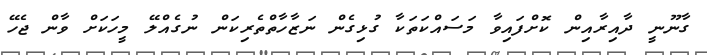
ގާނޫނީ ދާއިރާއިން ކޮށްފައިވާ މަސައްކަތަކާ ގުޅިގެން ނަޒާހާތްތެރިކަން ނުގެއްލޭ މީހަކަށް ވާން ޖެހޭ